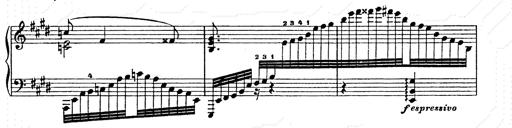
Title: Ab irato
Composer: Franz Liszt